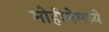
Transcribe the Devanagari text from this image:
मोहीमेमध्ये